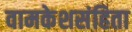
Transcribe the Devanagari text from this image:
वामकेशसंहिता